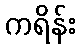
ကရိန်း